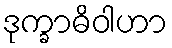
ဒုက္ခာဓိဝါဟာ